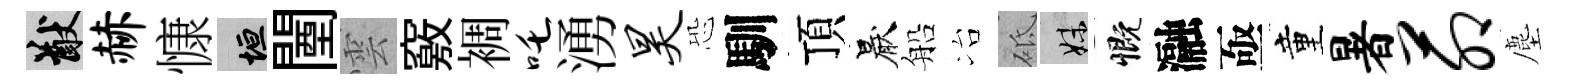
猷赫慷垣闉雲竅裯吒湧昊恐馴頂厭船冶砥妹慨瀜亟童暑茆塵